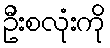
ဦးစလုံးကို